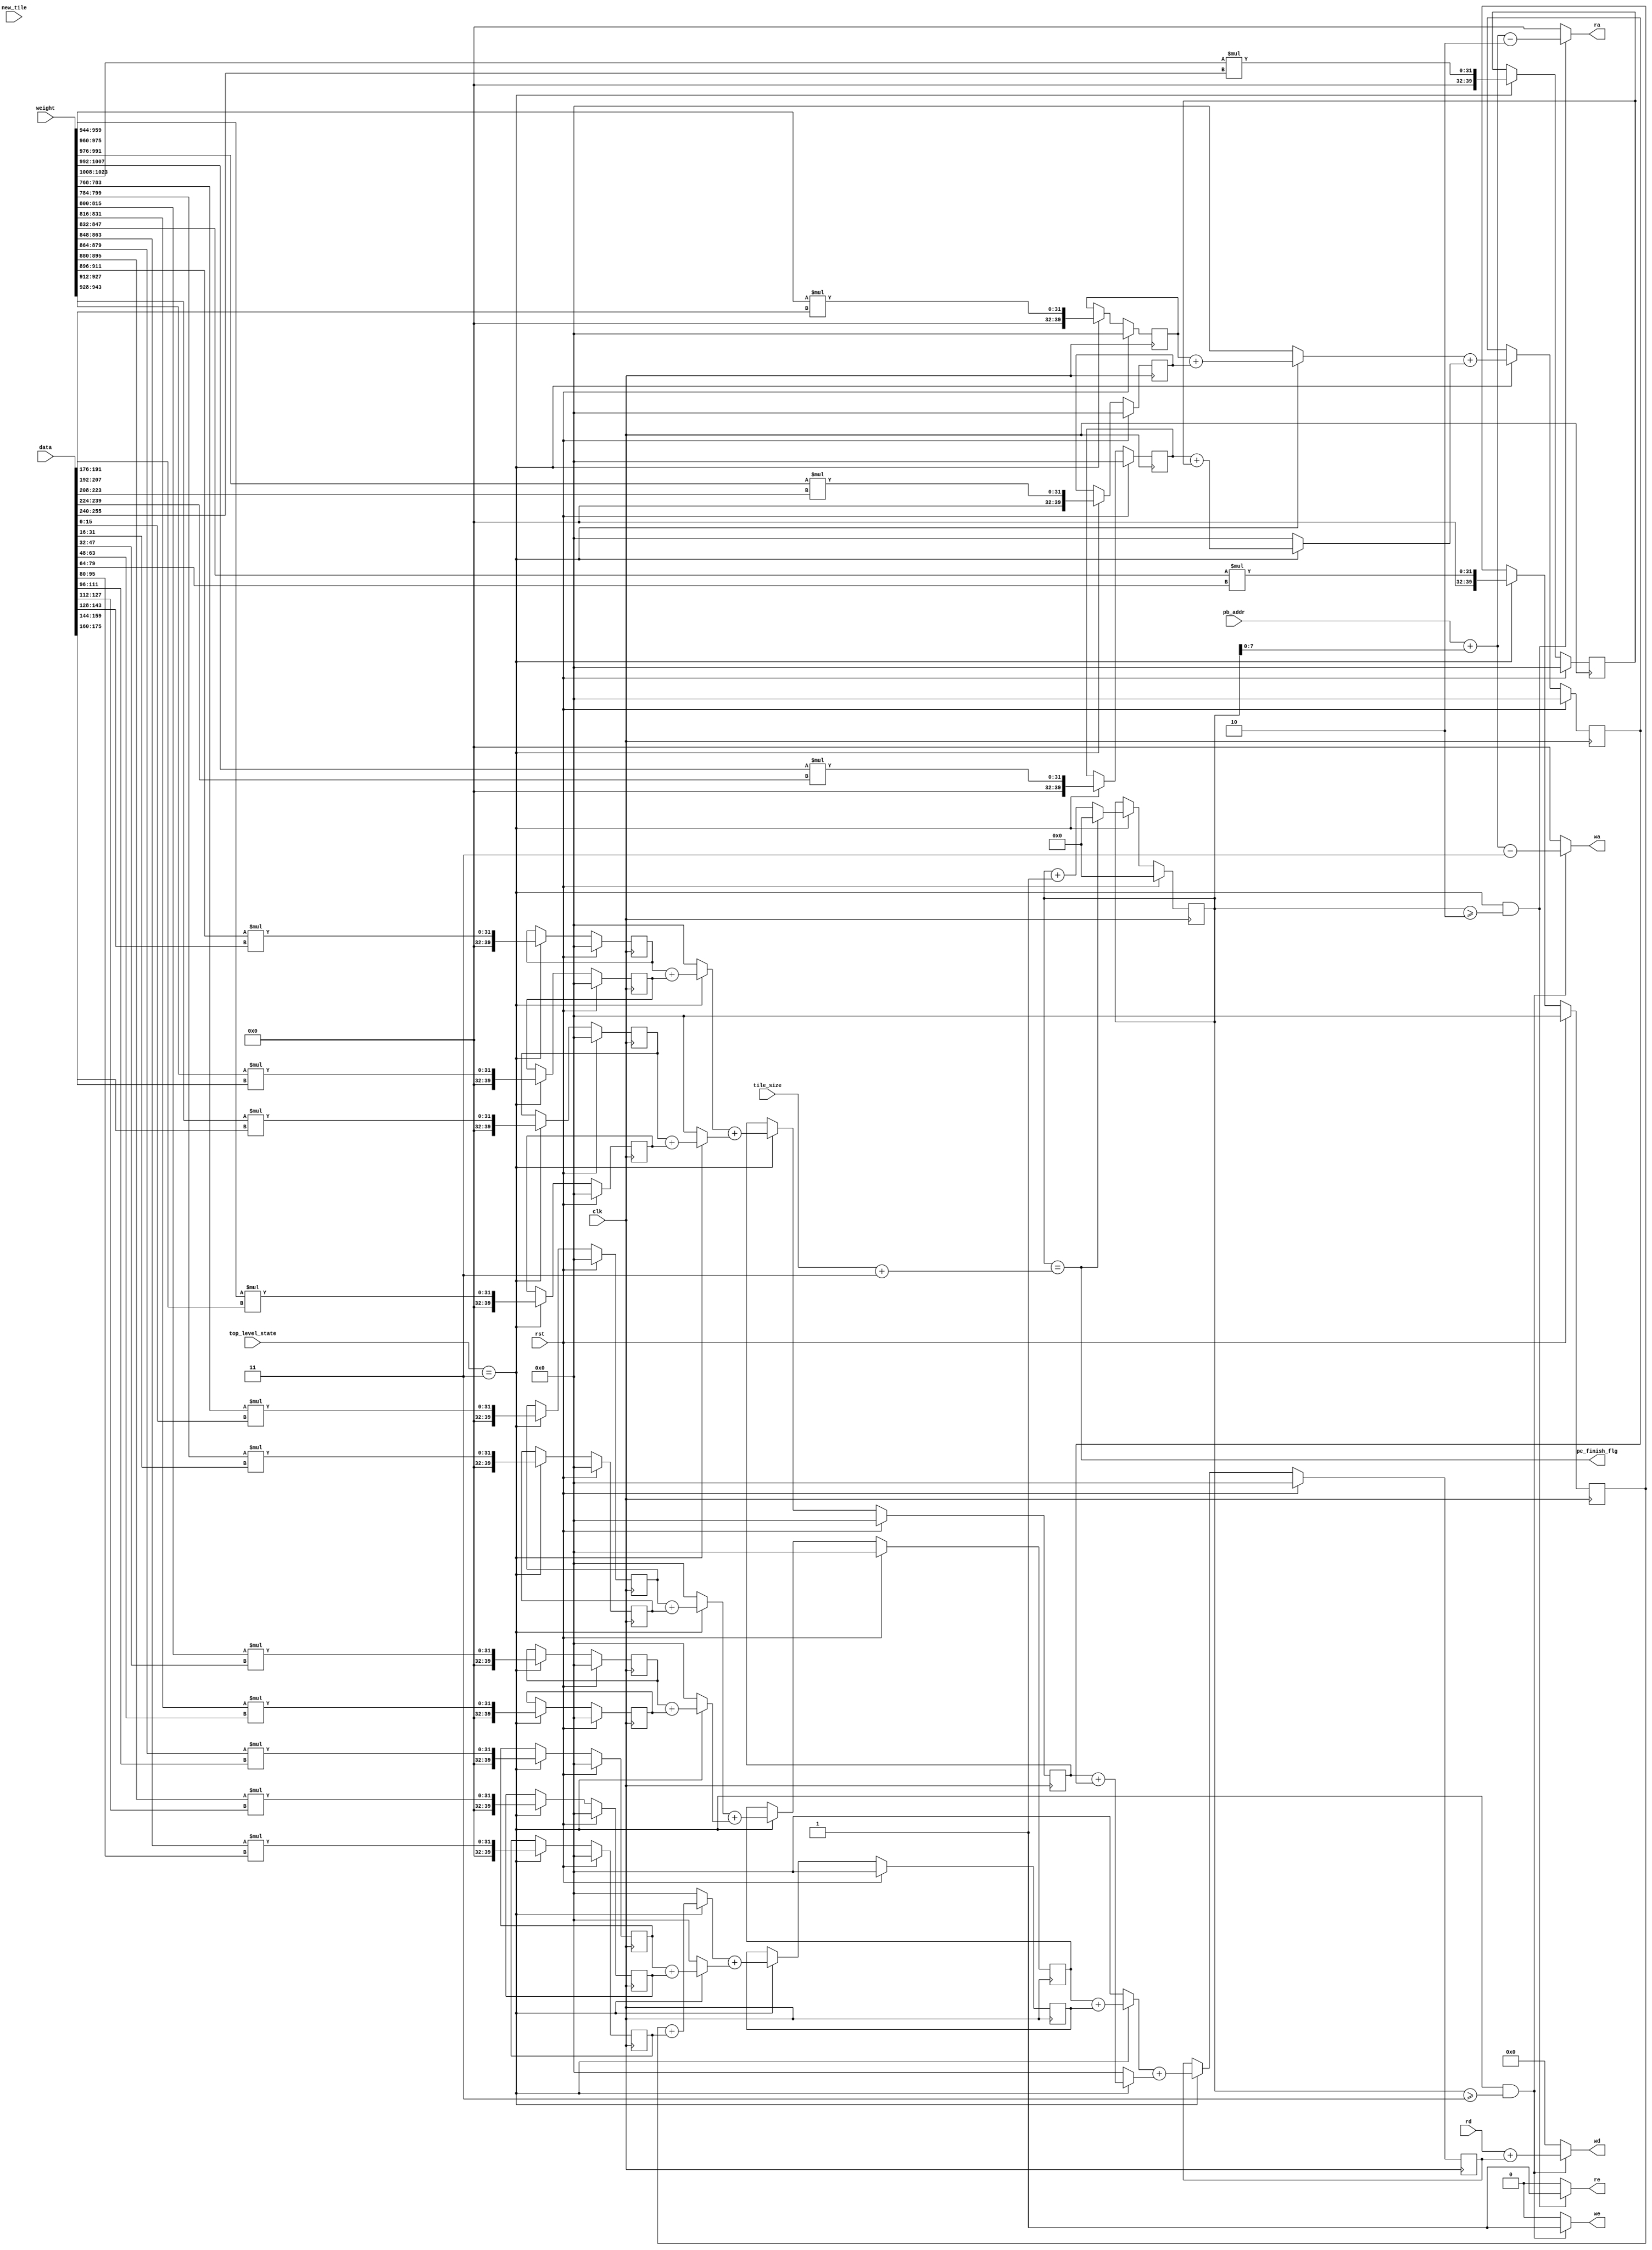
`timescale 1ns / 1ps
//////////////////////////////////////////////////////////////////////////////////
// Company: 
// 
// Design Name: 
// Module Name: peArray
// Project Name: 
// Target Devices: 
// Tool Versions: 
// Description: 
// 
// Dependencies: 
// 
// Revision:
// Revision 0.01 - File Created
// Additional Comments:
// 
//////////////////////////////////////////////////////////////////////////////////

module peArray(
input clk,
input rst,
input [1023:0]weight,
input [255:0]data,
input [7:0]pb_addr,  // psum buffer address
input new_tile,
input [7:0]tile_size,  //tile_size -> real_size - 1
input [2:0]top_level_state,
output reg we,
output reg [7:0]wa,
output reg [159:0]wd,
output reg re,
output reg [7:0]ra,
input [159:0]rd,
output pe_finish_flg
);

// psum nodes
reg [40-1:0]psum_0[0:15][0:3];  // TN=16 TM=4
reg [40-1:0]psum_1[0:7][0:3];   // wire
reg [40-1:0]psum_2[0:3][0:3];
reg [40-1:0]psum_3[0:1][0:3];   // wire
reg [40-1:0]psum_4[0:3];

// control
reg [7:0]pb_addr_0;
reg [7:0]pb_addr_2;
reg [7:0]pb_addr_4;

reg new_tile_0;
reg new_tile_2;
reg new_tile_4;

// psum_4 valid
reg [15:0]cal_state_cnt;


/////////////////////////////////////
////////// Adder Tree  //////////////
/////////////////////////////////////

// psum_0
genvar psum_0_cnt;
generate 
    for(psum_0_cnt=0;psum_0_cnt<16;psum_0_cnt=psum_0_cnt+1) begin
        always@(posedge clk)
        begin
			if (rst)
			begin
				psum_0[psum_0_cnt][0] <= 0;
				psum_0[psum_0_cnt][1] <= 0;
				psum_0[psum_0_cnt][2] <= 0;
				psum_0[psum_0_cnt][3] <= 0;
			end
			else
			begin
				if (top_level_state==3)
				begin
					psum_0[psum_0_cnt][0] <= weight[15 +16*psum_0_cnt:0  +16*psum_0_cnt] * data[15+16*psum_0_cnt:16*psum_0_cnt];
					psum_0[psum_0_cnt][1] <= weight[271+16*psum_0_cnt:256+16*psum_0_cnt] * data[15+16*psum_0_cnt:16*psum_0_cnt];
					psum_0[psum_0_cnt][2] <= weight[527+16*psum_0_cnt:512+16*psum_0_cnt] * data[15+16*psum_0_cnt:16*psum_0_cnt];
					psum_0[psum_0_cnt][3] <= weight[783+16*psum_0_cnt:768+16*psum_0_cnt] * data[15+16*psum_0_cnt:16*psum_0_cnt];
				end
			end
        end
    end
endgenerate

// psum_1
genvar psum_1_cnt;
generate 
    for(psum_1_cnt=0;psum_1_cnt<8;psum_1_cnt=psum_1_cnt+1) begin
        always@(*)
        begin
			if (top_level_state==3)
			begin
				psum_1[psum_1_cnt][0] = psum_0[2*psum_1_cnt][0] + psum_0[2*psum_1_cnt+1][0];
				psum_1[psum_1_cnt][1] = psum_0[2*psum_1_cnt][1] + psum_0[2*psum_1_cnt+1][1];
				psum_1[psum_1_cnt][2] = psum_0[2*psum_1_cnt][2] + psum_0[2*psum_1_cnt+1][2];
				psum_1[psum_1_cnt][3] = psum_0[2*psum_1_cnt][3] + psum_0[2*psum_1_cnt+1][3];
			end
			else
			begin
				psum_1[psum_1_cnt][0] = 0;
				psum_1[psum_1_cnt][1] = 0;
				psum_1[psum_1_cnt][2] = 0;
				psum_1[psum_1_cnt][3] = 0;
			end
        end
    end
endgenerate

// psum_2
genvar psum_2_cnt;
generate 
    for(psum_2_cnt=0;psum_2_cnt<4;psum_2_cnt=psum_2_cnt+1) begin
        always@(posedge clk)
        begin
			if (rst)
			begin
				psum_2[psum_2_cnt][0] <= 0;
				psum_2[psum_2_cnt][1] <= 0;
				psum_2[psum_2_cnt][2] <= 0;
				psum_2[psum_2_cnt][3] <= 0;
			end
			else
			begin		
				if (top_level_state==3)
				begin
					psum_2[psum_2_cnt][0] <= psum_1[2*psum_2_cnt][0] + psum_1[2*psum_2_cnt+1][0];
					psum_2[psum_2_cnt][1] <= psum_1[2*psum_2_cnt][1] + psum_1[2*psum_2_cnt+1][1];
					psum_2[psum_2_cnt][2] <= psum_1[2*psum_2_cnt][2] + psum_1[2*psum_2_cnt+1][2];
					psum_2[psum_2_cnt][3] <= psum_1[2*psum_2_cnt][3] + psum_1[2*psum_2_cnt+1][3];
				end
			end
        end
    end
endgenerate

// psum_3
genvar psum_3_cnt;
generate 
    for(psum_3_cnt=0;psum_3_cnt<2;psum_3_cnt=psum_3_cnt+1) begin
        always@(*)
        begin
			if (top_level_state==3)
			begin
				psum_3[psum_3_cnt][0] = psum_2[2*psum_3_cnt][0] + psum_2[2*psum_3_cnt+1][0];
				psum_3[psum_3_cnt][1] = psum_2[2*psum_3_cnt][1] + psum_2[2*psum_3_cnt+1][1];
				psum_3[psum_3_cnt][2] = psum_2[2*psum_3_cnt][2] + psum_2[2*psum_3_cnt+1][2];
				psum_3[psum_3_cnt][3] = psum_2[2*psum_3_cnt][3] + psum_2[2*psum_3_cnt+1][3];
			end
			else
			begin
				psum_3[psum_3_cnt][0] = 0;
				psum_3[psum_3_cnt][1] = 0;
				psum_3[psum_3_cnt][2] = 0;
				psum_3[psum_3_cnt][3] = 0;
			end
        end
    end
endgenerate


// psum_4
always@(posedge clk)
begin
	if (rst)
	begin
		psum_4[0] <= 0;
	    psum_4[1] <= 0;
	    psum_4[2] <= 0;
	    psum_4[3] <= 0;
	end
	else
	begin
		if (top_level_state==3)
		begin
			psum_4[0] <= psum_3[0][0] + psum_3[1][0];
			psum_4[1] <= psum_3[0][1] + psum_3[1][1];
			psum_4[2] <= psum_3[0][2] + psum_3[1][2];
			psum_4[3] <= psum_3[0][3] + psum_3[1][3];
		end
	end
end


/////////////////////////////////////
//////////// Control Signal /////////
/////////////////////////////////////
assign pe_finish_flg = cal_state_cnt == (tile_size + 3);  // nexr clk ->   top_level_state will switch to other states.

always@(posedge clk)
begin
	if (top_level_state==3)
	begin
		pb_addr_0 <= pb_addr;
		pb_addr_2 <= pb_addr_0;
		pb_addr_4 <= pb_addr_2;
		
		new_tile_0 <= new_tile;
		new_tile_2 <= new_tile_0;
		new_tile_4 <= new_tile_2;
	end
end

always@(posedge clk)
begin
	if (rst)
	begin
		cal_state_cnt <= 0;
	end
	else
	begin
		if (top_level_state==3)
		begin
			if (cal_state_cnt == (tile_size + 3))  //
			begin
				cal_state_cnt <= 0;
			end
			else
			begin
				cal_state_cnt <= cal_state_cnt + 1;
			end
		end
	end
end


always@(*)
begin
	if ((top_level_state==3) && (cal_state_cnt>=2)) // psum_4 valid
	begin
		re = 1;
		ra = pb_addr + cal_state_cnt - 2;
	end 
	else
	begin
		re = 0;
		ra = 0;
	end
end


always@(*)
begin
	if ((top_level_state==3) && (cal_state_cnt>=3)) // psum_4 valid
	begin
		we = 1;
		wa = pb_addr + cal_state_cnt - 3;
		
		wd[39 :0] = rd[39 :0] + psum_4[0];
		wd[79 :0] = rd[79 :0] + psum_4[1];
		wd[119:0] = rd[119:0] + psum_4[2];
		wd[159:0] = rd[159:0] + psum_4[3];
	end 
	else
	begin
		we = 0;
		wa = 0;
		wd = 0;
	end 
end

 
 endmodule